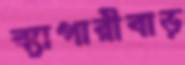
ব্যাপারীবাড়